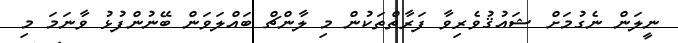
ނީލަން ނެގުމަށް ޝައުޤުވެރިވާ ފަރާތްތަކުން މި ލާންޗް ބައްލަވަން ބޭނުންފުޅު ވާނަމަ މި